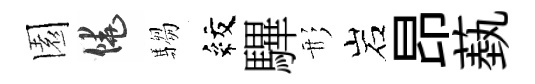
園饒騶紋驆形岩昂蓺